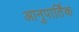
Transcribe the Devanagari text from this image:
आनुपार्तिक